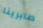
صابرينا